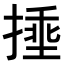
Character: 𪮜